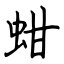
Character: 蚶